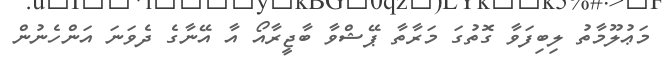
މަޢުލޫމާތު ލިބިފަވާ ގޮތުގަ މަރާތާ ޕޭޝްވާ ބާޖީރާއޯ އާ އޭނާގެ ދެވަނަ އަންހެނުން